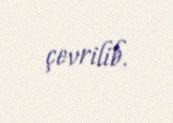
çevrilib.